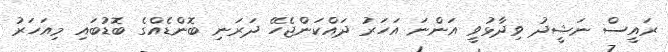
ރައީސް ނަޝީދު ވިދާޅުވީ އަންނަ އަހަރު ދައްކަންޖެހޭ ދަރަނި ބޮންޑެއްގެ ބޮޑުބައި މިއަހަރު